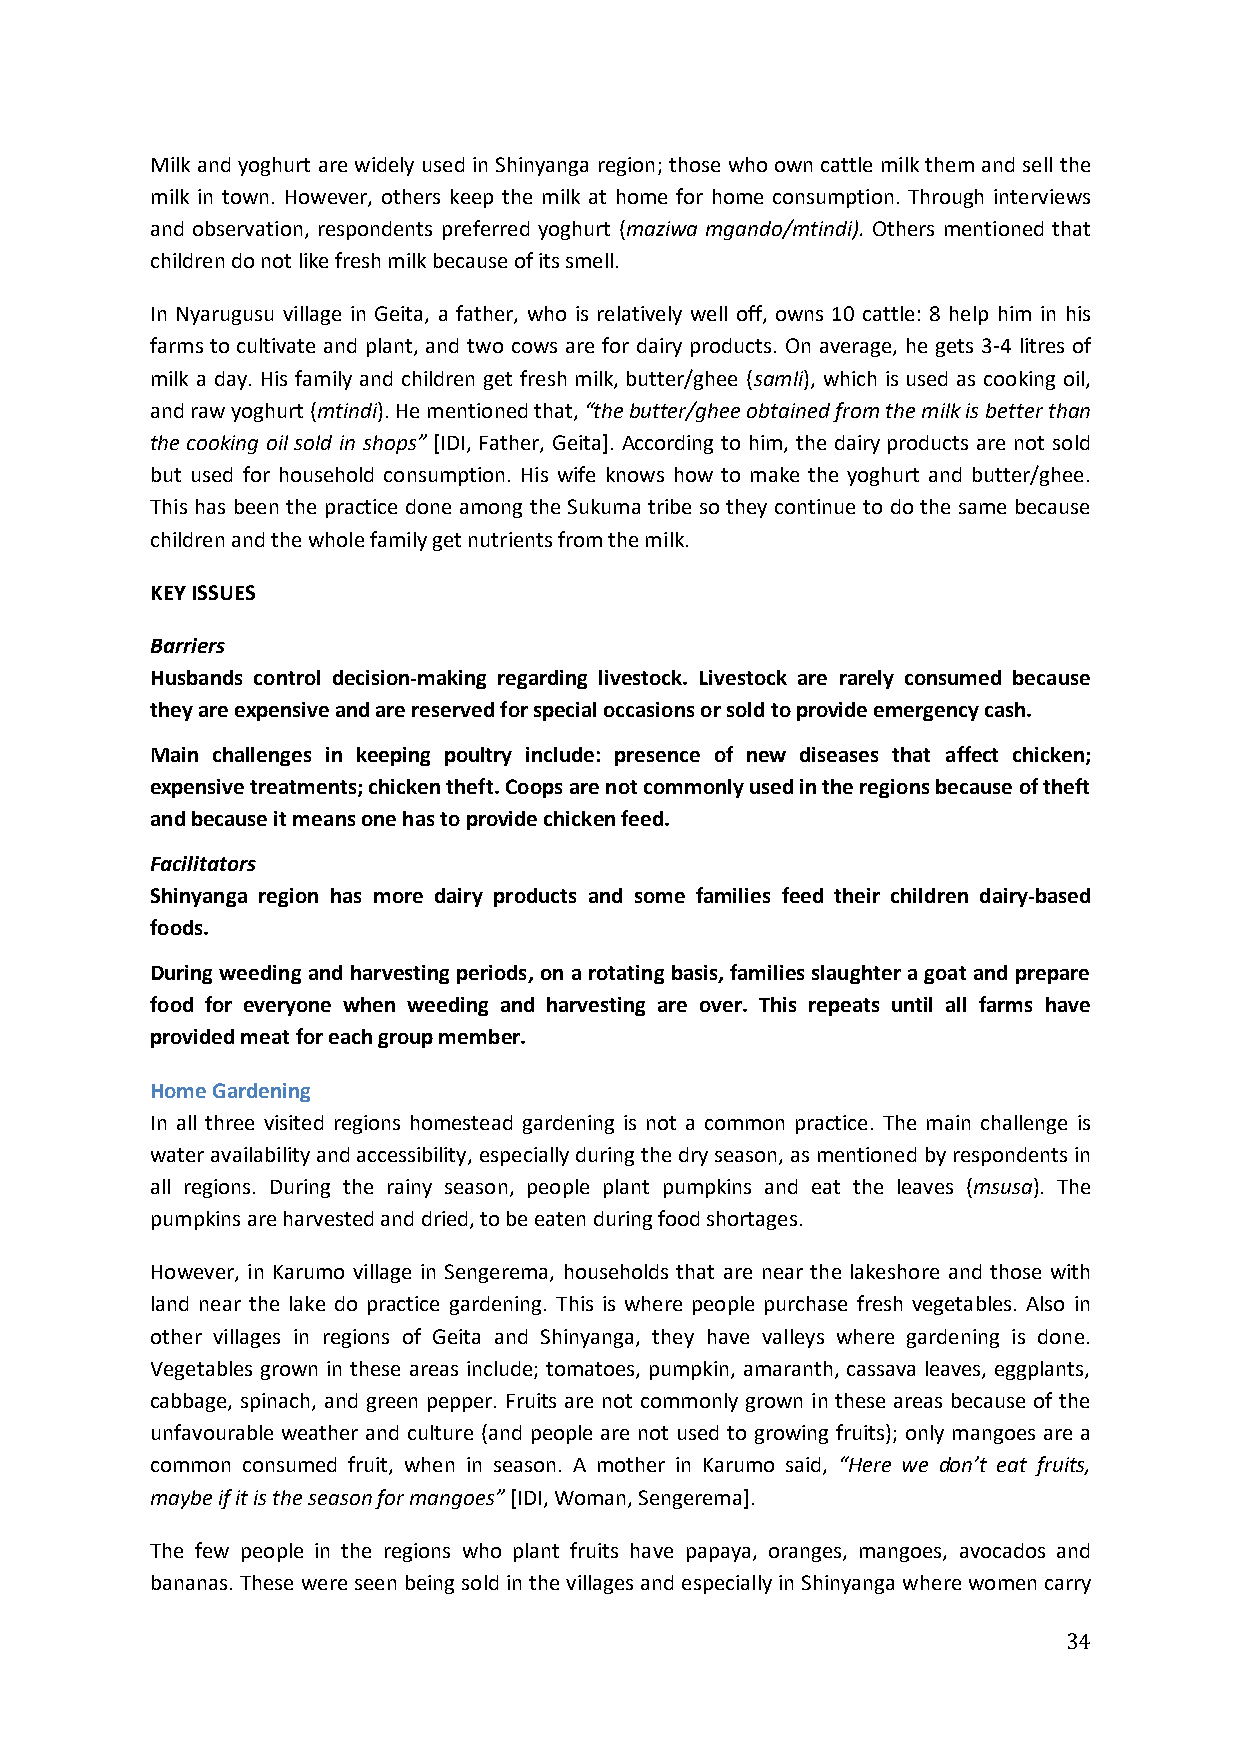
Milk and yoghurt are widely used in Shinyanga region; those who own cattle milk them and sell the
 milk in town. However, others keep the milk at home for home consumption. Through interviews
 and observation, respondents preferred yoghurt (maziwa mgando/mtindi). Others mentioned that
 children do not like fresh milk because of its smell.
 In Nyarugusu village in Geita, a father, who is relatively well off, owns 10 cattle: 8 help him in his
 farms to cultivate and plant, and two cows are for dairy products. On average, he gets 3-4 litres of
 milk a day. His family and children get fresh milk, butter/ghee (samli), which is used as cooking oil,
 and raw yoghurt (mtindi). He mentioned that, “the butter/ghee obtained from the milk is better than
 the cooking oil sold in shops” [IDI, Father, Geita]. According to him, the dairy products are not sold
 but used for household consumption. His wife knows how to make the yoghurt and butter/ghee.
 This has been the practice done among the Sukuma tribe so they continue to do the same because
 children and the whole family get nutrients from the milk.
 KEY ISSUES
 Barriers
 Husbands control decision-making regarding livestock. Livestock are rarely consumed because
 they are expensive and are reserved for special occasions or sold to provide emergency cash.
 Main challenges in keeping poultry include: presence of new diseases that affect chicken;
 expensive treatments; chicken theft. Coops are not commonly used in the regions because of theft
 and because it means one has to provide chicken feed.
 Facilitators
 Shinyanga region has more dairy products and some families feed their children dairy-based
 foods.
 During weeding and harvesting periods, on a rotating basis, families slaughter a goat and prepare
 food for everyone when weeding and harvesting are over. This repeats until all farms have
 provided meat for each group member.
 Home Gardening
 In all three visited regions homestead gardening is not a common practice. The main challenge is
 water availability and accessibility, especially during the dry season, as mentioned by respondents in
 all regions. During the rainy season, people plant pumpkins and eat the leaves (msusa). The
 pumpkins are harvested and dried, to be eaten during food shortages.
 However, in Karumo village in Sengerema, households that are near the lakeshore and those with
 land near the lake do practice gardening. This is where people purchase fresh vegetables. Also in
 other villages in regions of Geita and Shinyanga, they have valleys where gardening is done.
 Vegetables grown in these areas include; tomatoes, pumpkin, amaranth, cassava leaves, eggplants,
 cabbage, spinach, and green pepper. Fruits are not commonly grown in these areas because of the
 unfavourable weather and culture (and people are not used to growing fruits); only mangoes are a
 common consumed fruit, when in season. A mother in Karumo said, “Here we don’t eat fruits,
 maybe if it is the season for mangoes” [IDI, Woman, Sengerema].
 The few people in the regions who plant fruits have papaya, oranges, mangoes, avocados and
 bananas. These were seen being sold in the villages and especially in Shinyanga where women carry
 34